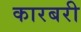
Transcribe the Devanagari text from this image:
कारबरी